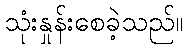
သုံးနှုန်းစေခဲ့သည်။